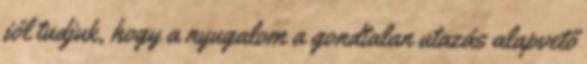
jól tudjuk, hogy a nyugalom a gondtalan utazás alapvető